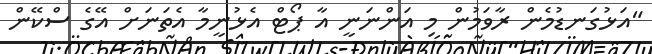
"އަޅުގަނޑުމެން ރާވަމުން މި އަންނަނީ އާ ޕޯޓް އެޅުނީމާ އެތަނަށް އޭގެ ސްކޭން